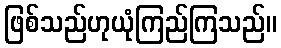
ဖြစ်သည်ဟုယုံကြည်ကြသည်။